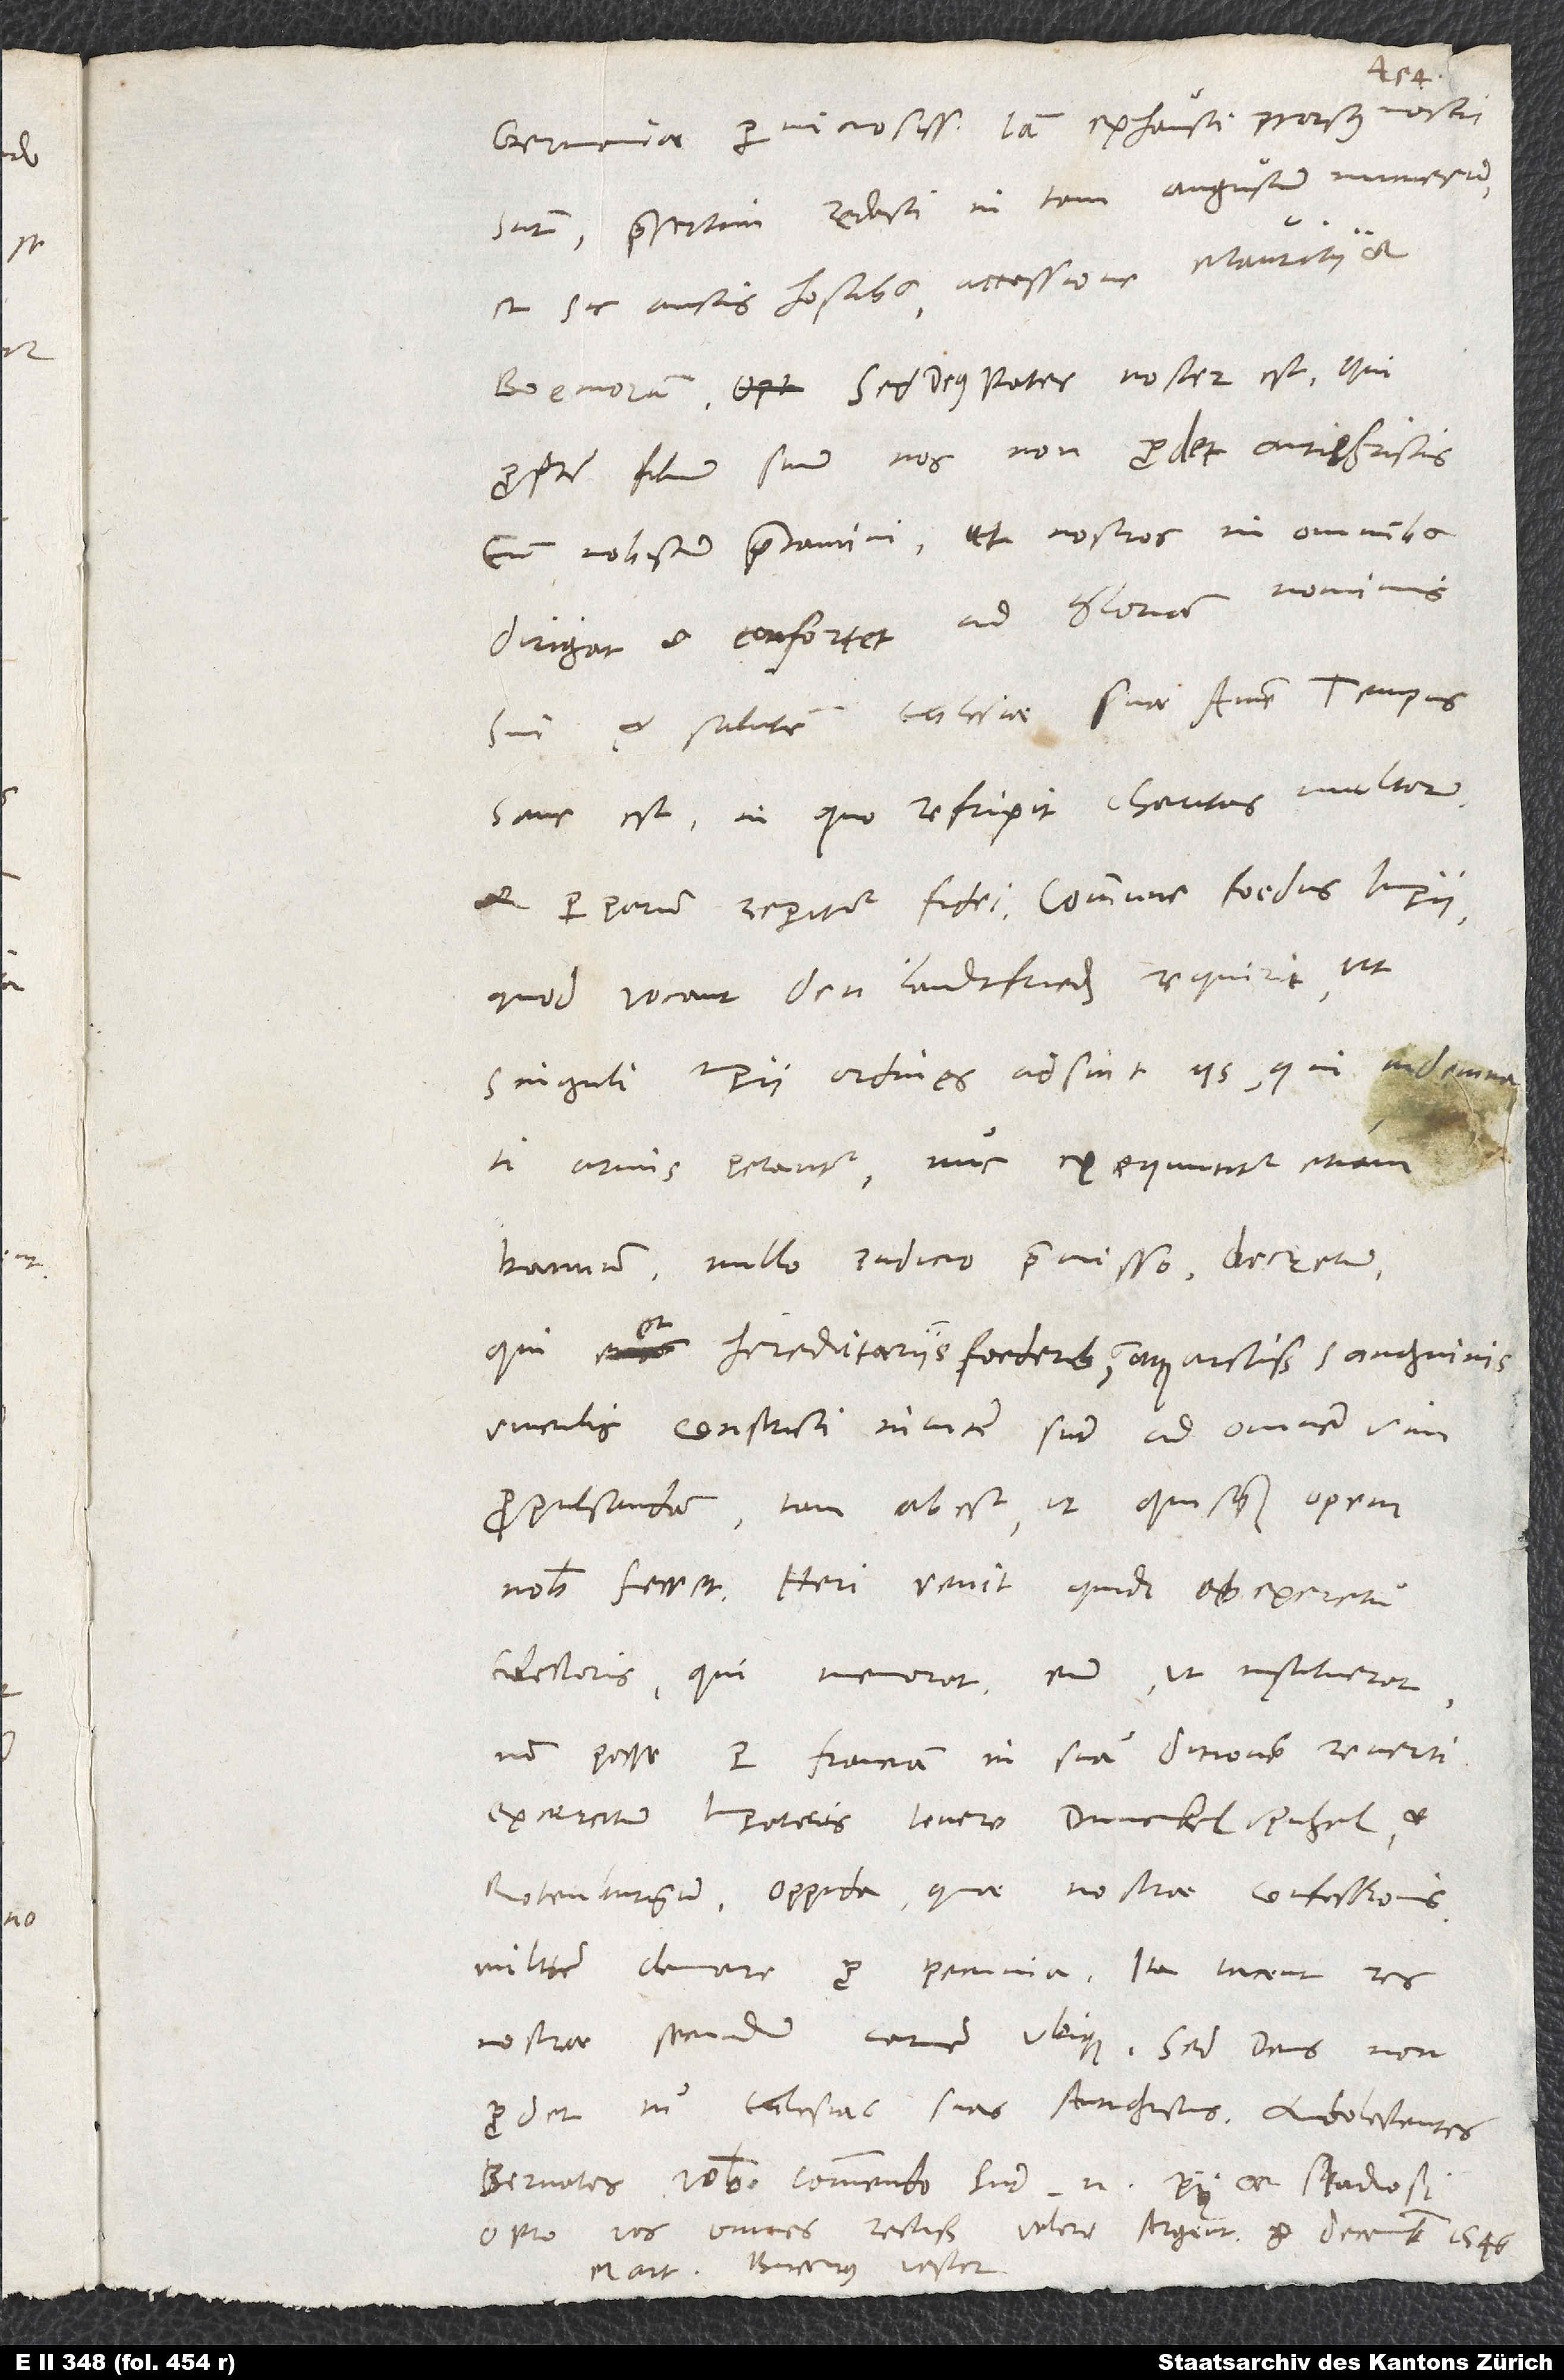
S.
Germaniae perniciosissimas. Iam exhausti prorsus nostri
sunt, praesertim redacti in tam angustum numerum
et sic ausis hostibus accessione Mauritii et
propter filium suum nos non prodet antichristis,
eum nobiscum precamini, ut nostros in omnibus
dirigat et confortet ad gloriam nominis
sui et salutem ecclesiae suae. Amen. Tempus
sane est, in quo refrixit charitas multorum
quod vocant den landtfrieden, requirit, ut
singuli imperii ordines adsint iis, qui indemnati
armis petantur. Nunc exequuntur etiam
bannum nullo iudicio praemisso decretum,
qui et hereditariis foederibus atque arctissimis sanguinis
vinculis constricti invicem sunt ad omnem vim
propulsandam. Tam abest, ut quisquam opem
nobis ferret! Heri venit quidam ab exercitu
electoris, qui memorat eum, ut instituerat,
non posse per Franciam in suam ditionem reverti.
Exercitum imperatoris tenere Dunckelspuhel et
Rotenburgum, oppida, quae nostrae confessionis
militem clamare pro pecunia. Ita iacent res
nostrae secundum carnem ubique. Sed deus non
Bernates vobis commendo. Sunt enim pii et studiosi.
Mart. Bucerus vester.